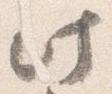
此